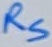
Text: RS